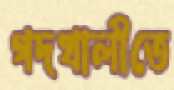
গদখালীতে